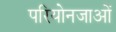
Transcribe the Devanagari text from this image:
परियोनजाओं